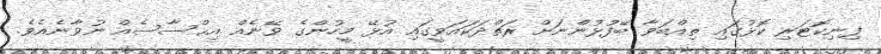
ފިނިކޮޓަރި ކޮޅުގައި ތިއްބަވާ ބޭފުޅުންނަށް ރަތްދަކައަވީގައި އުޅޭ މީހުންގެ ވޭނެއް އިޙްސާސެއް ނުވާނެއެވެ.